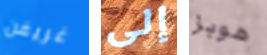
غريفن إلى هوبز